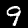
Label: 9